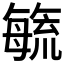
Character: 𭯉